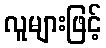
လူများဖြင့်